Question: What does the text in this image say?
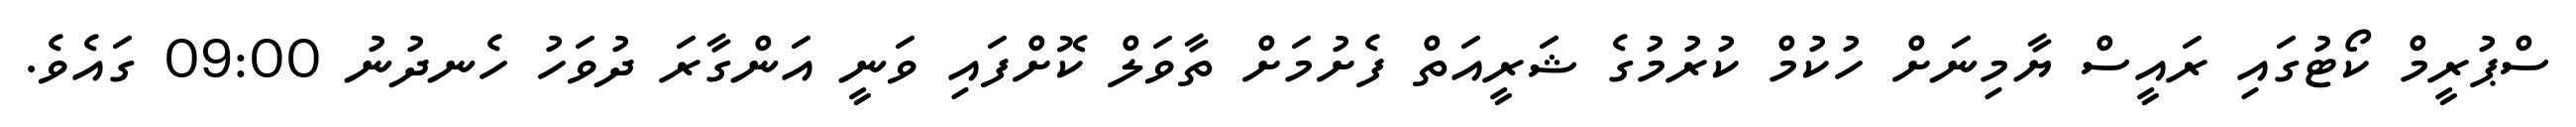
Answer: ސްޕުރީމް ކޯޓުގައި ރައީސް ޔާމިނަށް ހުކުމް ކުރުމުގެ ޝަރީއަތް ފެށުމަށް ތާވަލް ކޮށްފައި ވަނީ އަންގާރަ ދުވަހު ހެނދުނު 09:00 ގައެވެ.